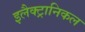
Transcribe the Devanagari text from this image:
इलैक्ट्रानिकल